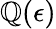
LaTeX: \mathbb{Q}(\epsilon)